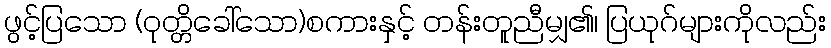
ဖွင့်ပြသော (ဝုတ္တိခေါ်သော)စကားနှင့် တန်းတူညီမျှ၏၊ ပြယုဂ်များကိုလည်း